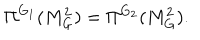
\Pi ^ { G _ { 1 } } ( M _ { G } ^ { 2 } ) = \Pi ^ { G _ { 2 } } ( M _ { G } ^ { 2 } ) .